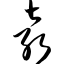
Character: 袁